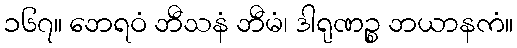
၁၆၇။ ဘေရဝံ ဘီသနံ ဘီမံ၊ ဒါရုဏဉ္စ ဘယာနကံ။